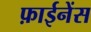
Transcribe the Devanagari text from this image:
फ़ाईनेंस